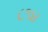
૮૧૪